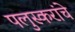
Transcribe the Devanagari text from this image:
पलुस्करांचे